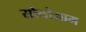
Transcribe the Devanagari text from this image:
सोनोग्राम